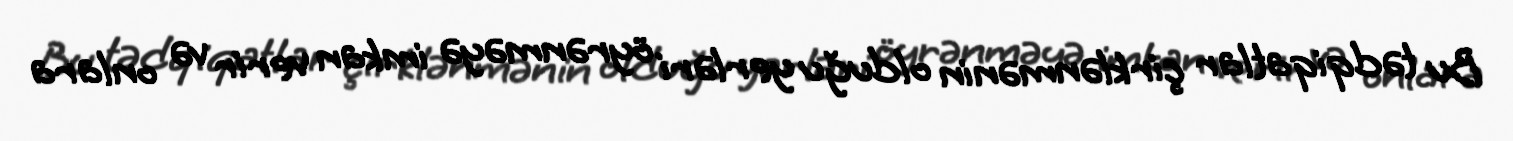
Bu tədqiqatlar çirklənmənin olduğu yerləri öyrənməyə imkan verir və onlara